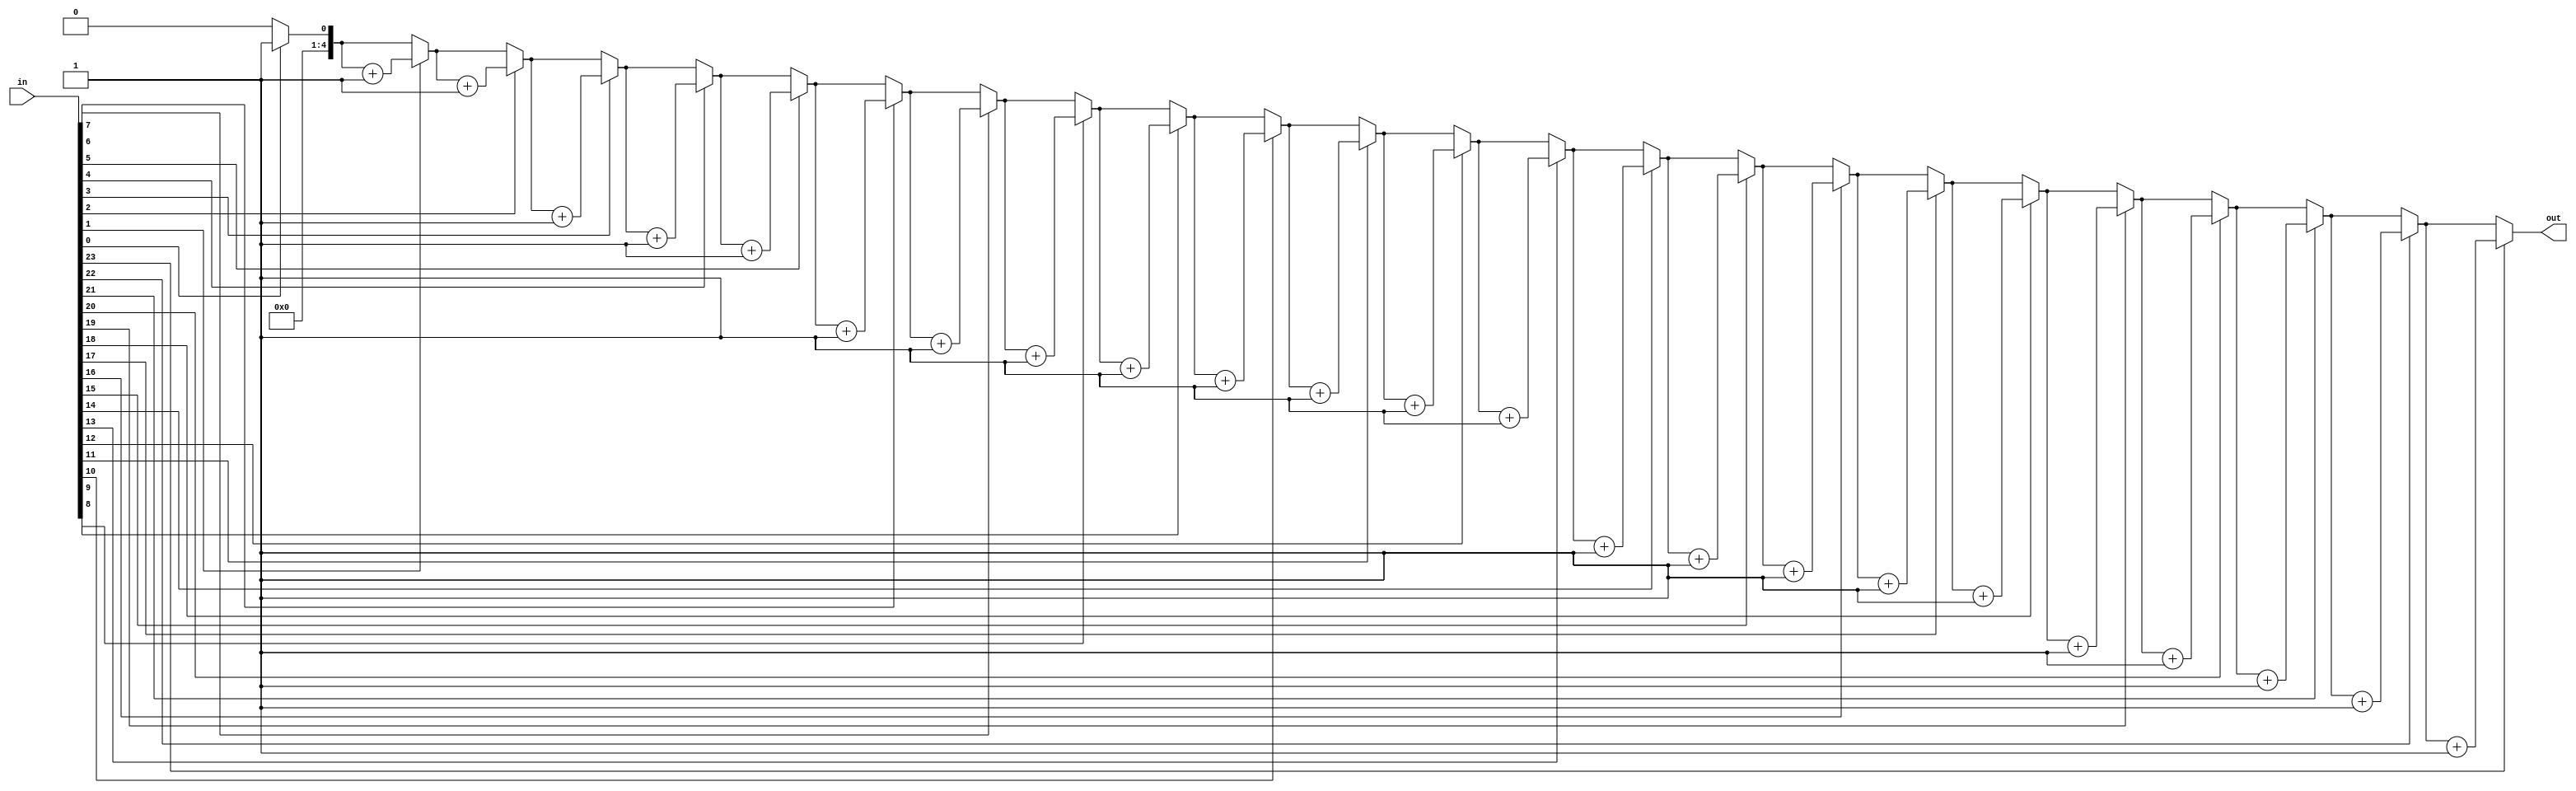
module Q9(in, out);

    input [23: 0] in;
    output [4:0] out;
    wire [23:0] in;
    reg [4:0] out;

    integer i;
    
    always @ (in) begin
       out = 5'b00000;
       for (i = 0; i < 24; i = i + 1) begin
            if(in[i] == 1)
                out = out + 5'b00001;
        end
    end

endmodule